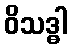
ဝိသဒ္ဓါ